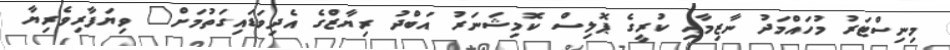
މިނިސްޓަރު މުހައްމަދު ނާޒިމާއި ކުރީގެ ޕޮލިސް ކޮމިޝަނަރު އަބްދު ރިޔާޒްގެ އެދިވަޑައިގަތުމަށް" ވިޔަފާރިވެރިޔާ